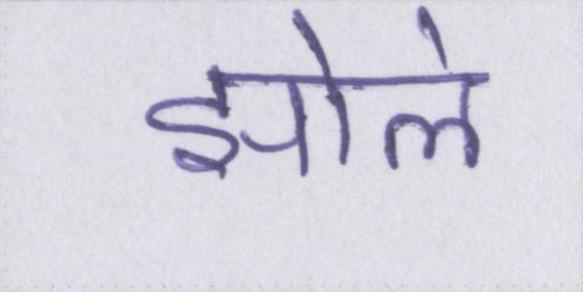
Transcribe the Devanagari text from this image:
झोले